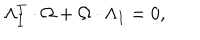
\Lambda _ { I } ^ { T } \cdot \Omega + \Omega \cdot \Lambda _ { I } = 0 ,